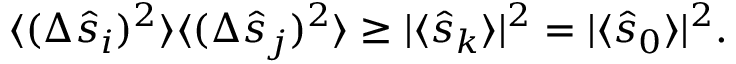
\begin{array} { r } { \langle ( \Delta \hat { s } _ { i } ) ^ { 2 } \rangle \langle ( \Delta \hat { s } _ { j } ) ^ { 2 } \rangle \geq | \langle \hat { s } _ { k } \rangle | ^ { 2 } = | \langle \hat { s } _ { 0 } \rangle | ^ { 2 } . } \end{array}